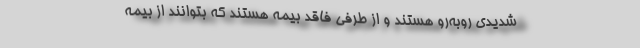
شدیدی روبه‌رو هستند و از طرفی فاقد بیمه هستند که بتوانند از بیمه